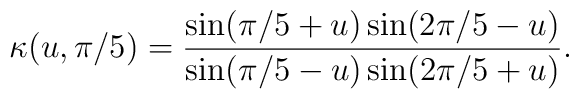
\kappa(u,{\pi/5})={\sin(\pi/5+u)\sin(2\pi/5-u)\over\sin(\pi/5-u)\sin(2\pi/5+u)}.